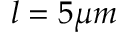
l = 5 \mu m